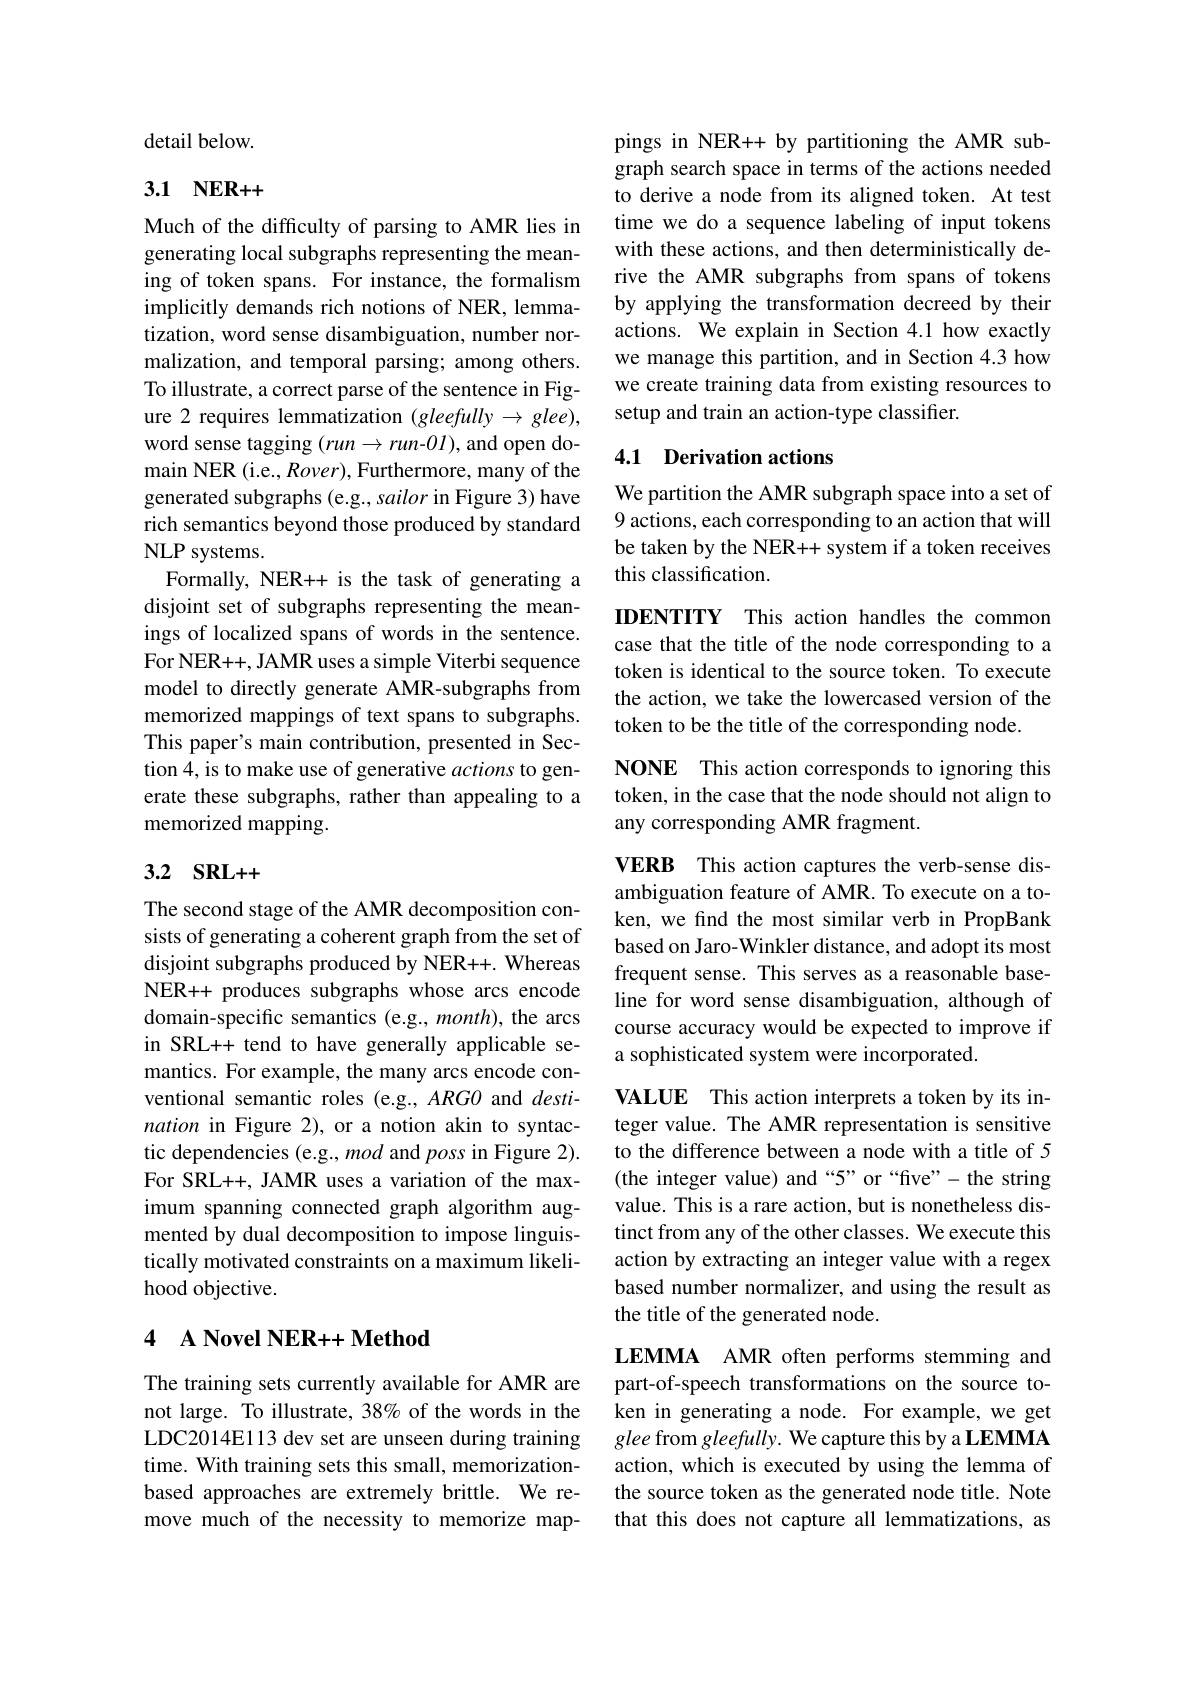
detail below.

# 3.1 $NER+ +$

Much of the difficulty of parsing to AMR lies in generating local subgraphs representing the meaning of token spans. For instance, the formalism implicitly demands rich notions of NER, lemmatization, word sense disambiguation, number normalization, and temporal parsing; among others. To illustrate, a correct parse of the sentence in Figure 2 requires lemmatization (gleefully $\to glee)$, word sense tagging $(run\to run-0I)$, and open domain NER (i.e., Rover), Furthermore, many of the generated subgraphs (e.g., sailor in Figure 3) have rich semantics beyond those produced by standard NLP systems.
Formally, NER++ is the task of generating a disjoint set of subgraphs representing the meanings of localized spans of words in the sentence. For NER++, JAMR uses a simple Viterbi sequence model to directly generate AMR-subgraphs from memorized mappings of text spans to subgraphs. This paper's main contribution, presented in Section 4, is to make use of generative actions to generate these subgraphs, rather than appealing to a memorized mapping.

## 3.2 SRL++

The second stage of the AMR decomposition consists of generating a coherent graph from the set of disjoint subgraphs produced by NER++. Whereas NER++ produces subgraphs whose arcs encode domain-specific semantics (e.g., month), the arcs in SRL++ tend to have generally applicable semantics. For example, the many arcs encode conventional semantic roles (e.g., ARGO and destination in Figure 2), or a notion akin to syntactic dependencies (e.g., mod and poss in Figure 2). For SRL++, JAMR uses a variation of the maximum spanning connected graph algorithm augmented by dual decomposition to impose linguistically motivated constraints on a maximum likelihood objective.

### 4 A Novel NER++ Method

The training sets currently available for AMR are not large. To illustrate, 38% of the words in the LDC2014E113 dev set are unseen during training time. With training sets this small, memorizationbased approaches are extremely brittle. We remove much of the necessity to memorize map-

pings in NER++ by partitioning the AMR subgraph search space in terms of the actions needed to derive a node from its aligned token. At test time we do a sequence labeling of input tokens with these actions, and then deterministically derive the AMR subgraphs from spans of tokens by applying the transformation decreed by their actions. We explain in Section 4.1 how exactly we manage this partition, and in Section 4.3 how we create training data from existing resources to setup and train an action-type classifier.

## 4.1 Derivation actions

We partition the AMR subgraph space into a set of 9 actions, each corresponding to an action that will be taken by the NER++ system if a token receives this classification.

IDENTITY This action handles the common case that the title of the node corresponding to a token is identical to the source token. To execute the action, we take the lowercased version of the token to be the title of the corresponding node

NONE This action corresponds to ignoring this token, in the case that the node should not align to any corresponding AMR fragment.

VERB This action captures the verb-sense disambiguation feature of AMR. To execute on a token, we find the most similar verb in PropBank based on Jaro-Winkler distance, and adopt its most frequent sense. This serves as a reasonable baseline for word sense disambiguation, although of course accuracy would be expected to improve if a sophisticated system were incorporated.

VALUE This action interprets a token by its integer value. The AMR representation is sensitive to the difference between a node with a title of 5 (the integer value) and “5” or “five”- the string value. This is a rare action, but is nonetheless distinct from any of the other classes. We execute this action by extracting an integer value with a regex based number normalizer, and using the result as the title of the generated node.

LEMMA AMR often performs stemming and part-of-speech transformations on the source token in generating a node. For example, we get glee from gleefully. We capture this by a LEMMA action, which is executed by using the lemma of the source token as the generated node title. Note that this does not capture all lemmatizations, as